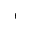
^ +